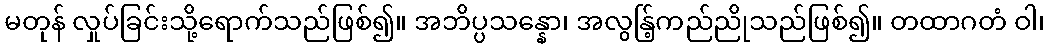
မတုန် လှုပ်ခြင်းသို့ရောက်သည်ဖြစ်၍။ အဘိပ္ပသန္နော၊ အလွန်ြ့ကည်ညိုသည်ဖြစ်၍။ တထာဂတံ ဝါ၊